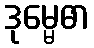
ဒုမ္မေဓာ